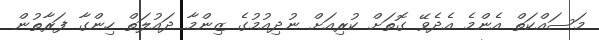
މަސައްކަތް އެންމެ އެދެވޭ ގޮތަށް ކުރިއަށް ނުދިއުމުގެ ޒިންމާ ދައުލަތް ހިންގާ ފަރާތުން